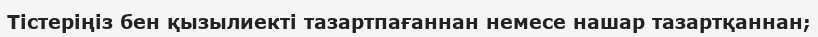
Тістеріңіз бен қызылиекті тазартпағаннан немесе нашар тазартқаннан;